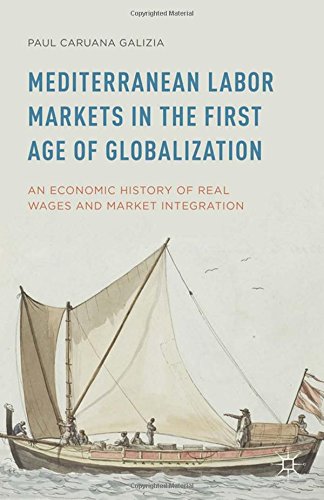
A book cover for Mediterranean Labor Markets in the First Age of Globalization: An Economic History of Real Wages and Market Integration; Paul Caruana Galizia; Business & Money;